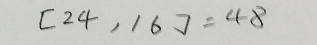
[ 2 4 , 1 6 ] = 4 8